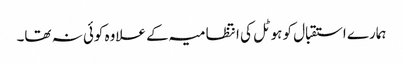
ہمارے استقبال کو ہوٹل کی انتظامیہ کے علاوہ کوئی نہ تھا۔